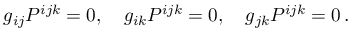
g _ { i j } P ^ { i j k } = 0 , \quad g _ { i k } P ^ { i j k } = 0 , \quad g _ { j k } P ^ { i j k } = 0 \, .